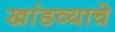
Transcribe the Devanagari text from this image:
खांडव्याचे